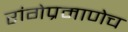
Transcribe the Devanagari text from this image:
रांगेप्रमाणेच